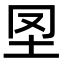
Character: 𡉮